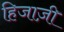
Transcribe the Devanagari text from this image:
हिजाज़ी